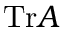
\mathrm { T r } A